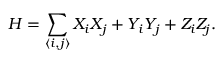
H = \sum _ { \langle i , j \rangle } X _ { i } X _ { j } + Y _ { i } Y _ { j } + Z _ { i } Z _ { j } .